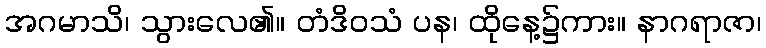
အဂမာသိ၊ သွားလေ၏။ တံဒိဝသံ ပန၊ ထိုနေ့၌ကား။ နာဂရာဇာ၊